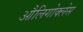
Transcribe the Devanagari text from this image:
औलिगोक्लेस